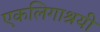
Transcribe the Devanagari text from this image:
एकलिगाश्रयी